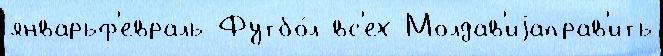
январьф'евраль Футбо́л вс'ех Молдав'иjаправ'ить